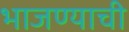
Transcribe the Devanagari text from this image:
भाजण्याची